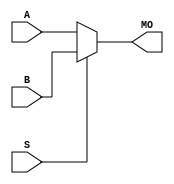
module cycloneive_bmux21 (MO, A, B, S);
   input [15:0] A, B;
   input 	S;
   output [15:0] MO; 
   assign MO = (S == 1) ? B : A; 
endmodule